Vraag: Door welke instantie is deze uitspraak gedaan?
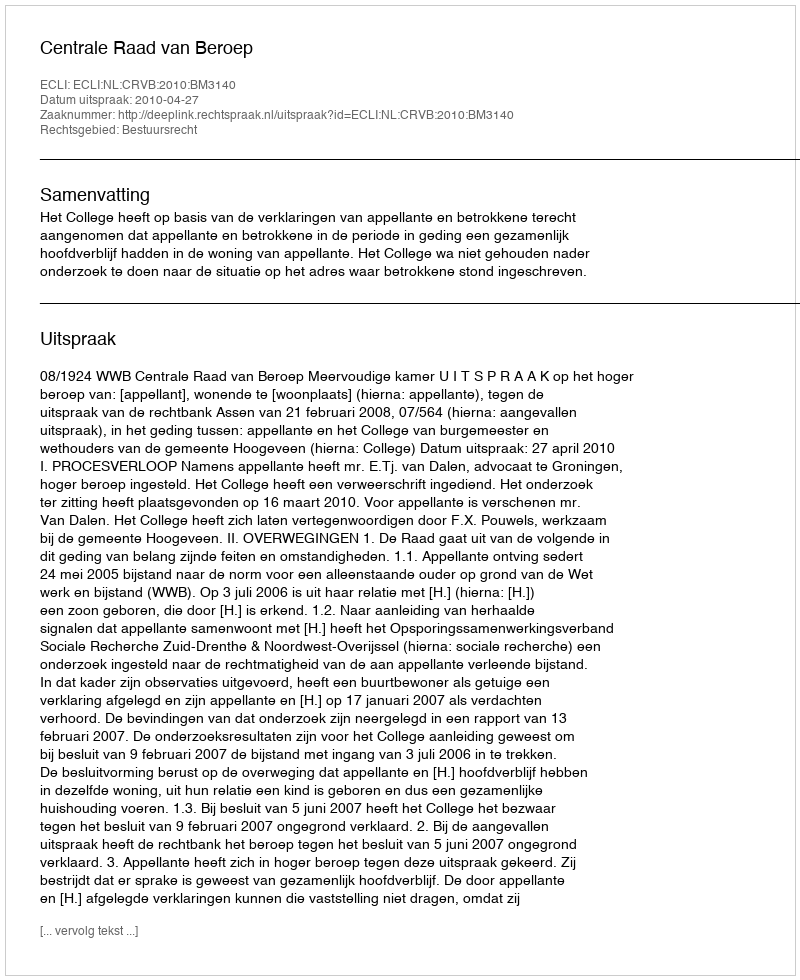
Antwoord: Centrale Raad van Beroep